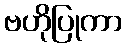
ဗဟိုပြုကာ